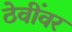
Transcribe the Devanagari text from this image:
ठेवींवर